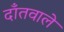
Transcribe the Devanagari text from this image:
दाँतवाले